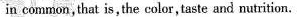
in common,that is, the color, taste and nutrition.